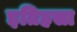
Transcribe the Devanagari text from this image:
इतिहसा